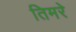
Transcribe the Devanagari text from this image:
तिमरे